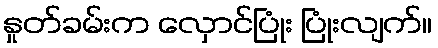
နှုတ်ခမ်းက လှောင်ပြုံး ပြုံးလျက်။